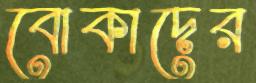
বোকাদের